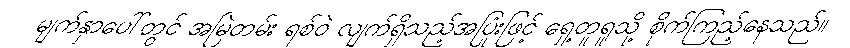
မျက်နှာပေါ်တွင် အမြဲတမ်း ရစ်ဝဲ လျက်ရှိသည့်အပြုံးဖြင့် ရှေ့တူရူသို့ စိုက်ကြည့်နေသည်။